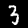
Digit: 3